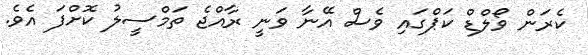
ކެރަން ވޯލްޑް ކަޕްގައި ވެސް އޭނާ ވަނީ ރާއްޖެ ތަމްސީލު ކޮށްފަ އެވެ.